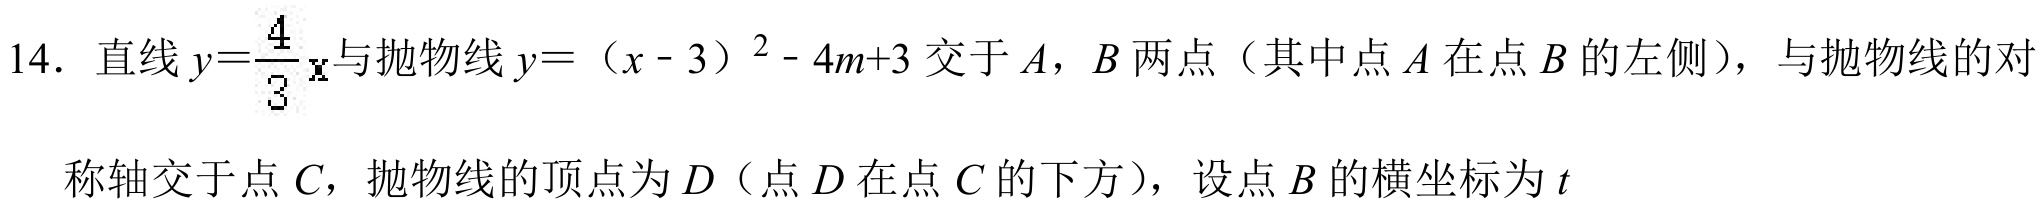
14. 直线 \(y = \frac{4}{3}x\) 与抛物线 \(y=(x - 3)^{2}-4m + 3\) 交于 \(A\)，\(B\) 两点（其中点 \(A\) 在点 \(B\) 的左侧），与抛物线的对称轴交于点 \(C\)，抛物线的顶点为 \(D\)（点 \(D\) 在点 \(C\) 的下方），设点 \(B\) 的横坐标为 \(t\)